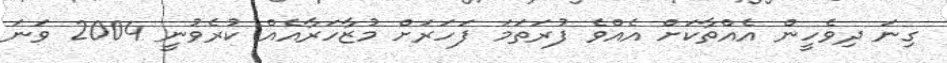
ގިނަ ދިވެހީން އެއްތާކަށް އެއްވެ ފުރަތަމަ ފަހަރަށް މުޒާހަރާއެއް ކުރެވުނީ 2004 ވަނަ